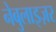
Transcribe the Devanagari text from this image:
नेबुलाइज़र